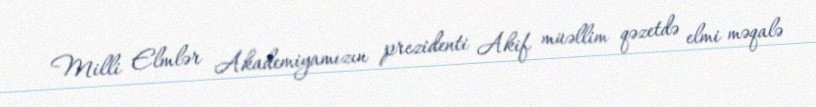
Milli Elmlər Akademiyamızın prezidenti Akif müəllim qəzetdə elmi məqalə